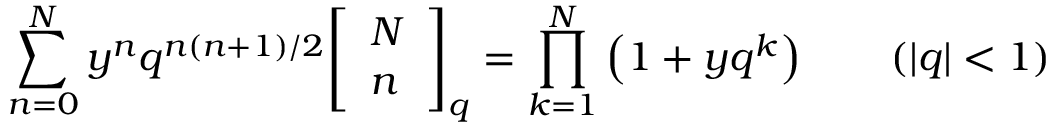
\sum _ { n = 0 } ^ { N } y ^ { n } q ^ { n ( n + 1 ) / 2 } { \left[ \begin{array} { l } { N } \\ { n } \end{array} \right] } _ { q } = \prod _ { k = 1 } ^ { N } \left( 1 + y q ^ { k } \right) \qquad ( | q | < 1 )